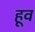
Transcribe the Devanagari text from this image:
हूव